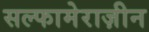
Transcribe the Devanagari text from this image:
सल्फामेराज़ीन